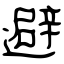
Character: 避